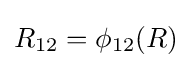
R_{12}=\phi _{12}(R)